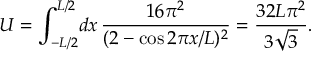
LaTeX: U = \int _ { - L / 2 } ^ { L / 2 } \! d x \, \frac { 1 6 \pi ^ { 2 } } { ( 2 - \cos 2 \pi x / L ) ^ { 2 } } = \frac { 3 2 L \pi ^ { 2 } } { 3 \sqrt { 3 } } .